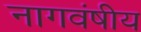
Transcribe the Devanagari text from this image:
नागवंषीय